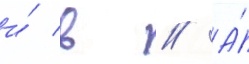
и́ в // А́